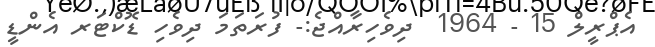
އެޕްރީލް 15 - 1964  ދިވެހިރާއްޖެ:- ފުރަތަމަ ދިވެހި ޑޮކްޓަރ އެންޑީ